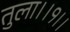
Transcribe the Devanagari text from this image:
तुला।।१।।